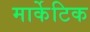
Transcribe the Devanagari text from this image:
मार्केटिक